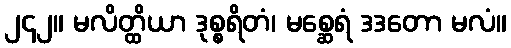
၂၄၂။ မလိတ္ထိယာ ဒုစ္စရိတံ၊ မစ္ဆေရံ ဒဒတော မလံ။